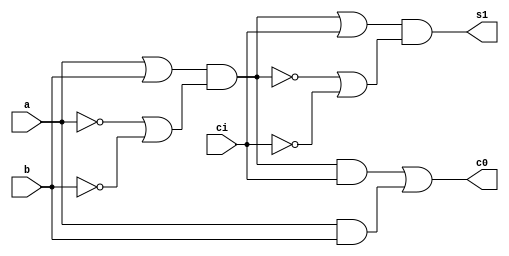
module Sumador(a,b,ci,s1,c0);
    //not and or xor 
    input a;
    input b;
    input ci;
    output s1;
    output c0;

    assign xor1 = (a|b)&(~a|~b);
    assign and1 = a&b;
    assign and2 = xor1&ci;
    assign c0 = and2|and1;
    assign s1 = (xor1|ci)&(~xor1|~ci);

endmodule